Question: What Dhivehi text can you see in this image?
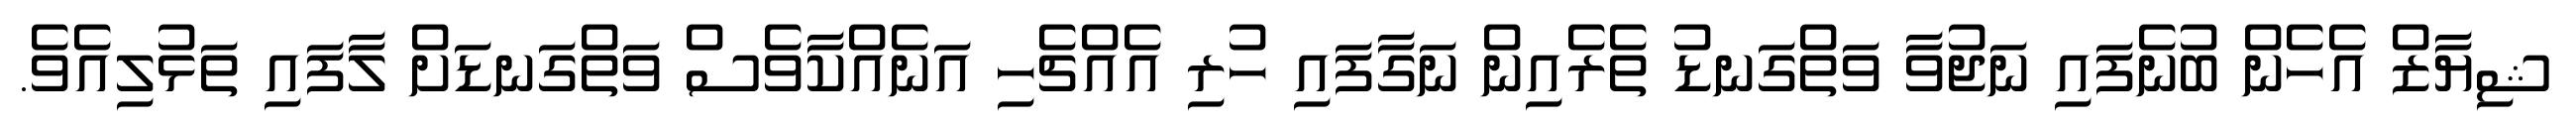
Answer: ޝިޔާޒް އެހެން ބުނެފައި ނަޖުވާ ވަތްގަނޑު ތެރެއިން ނަގާފައި ހުރި އެއްޗެހި އަނެއްކާވެސް ވަތްގަނޑަށް ލާފައި ތަޅުލިއެވެ.